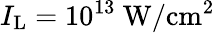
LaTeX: I_{\mathrm{L}}=10^{13}~\mathrm{W/cm^{2}}